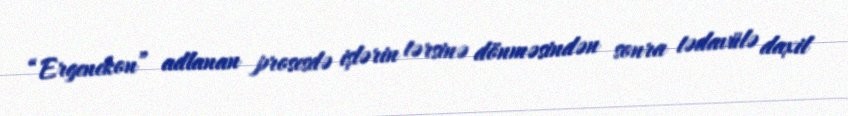
“Ergenekon” adlanan prosesdə işlərin tərsinə dönməsindən sonra tədavülə daxil